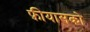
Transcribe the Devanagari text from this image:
फ़ीयासको